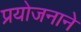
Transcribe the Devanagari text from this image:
प्रयोजनाने